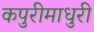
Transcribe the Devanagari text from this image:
कपुरीमाधुरी